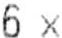
6 X